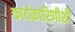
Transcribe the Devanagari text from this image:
कार्यकारिणीशी